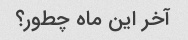
آخر این ماه چطور؟